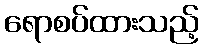
ရောစပ်ထားသည့်